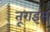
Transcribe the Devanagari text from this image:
तूराइस